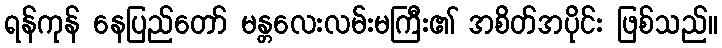
ရန်ကုန် နေပြည်တော် မန္တလေးလမ်းမကြီး၏ အစိတ်အပိုင်း ဖြစ်သည်။